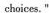
choices."